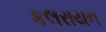
કલરાયન